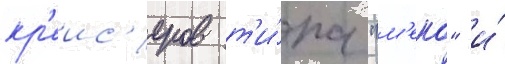
кр'еис'еров т'и́па "м'еко" и́